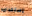
إستخدامه